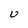
Character: U